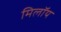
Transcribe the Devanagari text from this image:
मिलॉय